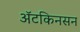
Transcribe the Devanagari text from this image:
अॅटकिनसन